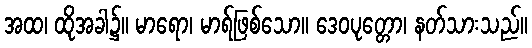
အထ၊ ထိုအခါ၌။ မာရော၊ မာရ်ဖြစ်သော။ ဒေဝပုတ္တော၊ နတ်သားသည်။